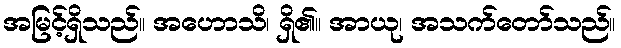
အမြင့်ရှိသည်။ အဟောသိ၊ ရှိ၏။ အာယု၊ အသက်တော်သည်။